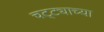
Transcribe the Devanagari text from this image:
चट्ट्याच्या